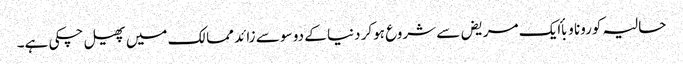
حالیہ کورونا وبأ ایک مریض سے شروع ہوکر دنیا کے دو سو سے زائد ممالک میں پھیل چکی ہے۔